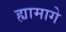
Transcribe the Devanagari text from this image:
ह्यामागे